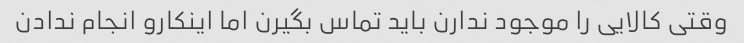
وقتی کالایی را موجود ندارن باید تماس بگیرن اما اینکارو انجام ندادن